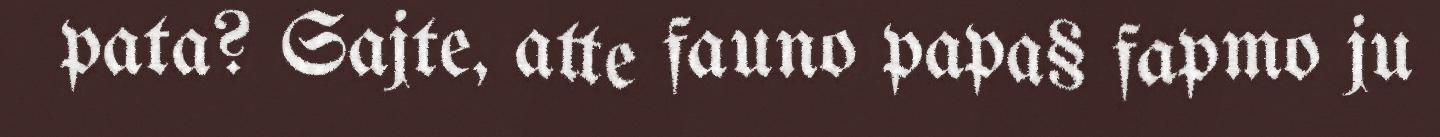
pata? Sajte, atte fauno papa§ fapmo ju